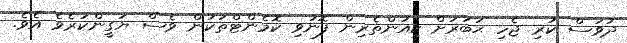
ދުވަސް ކުރި ޖެހި ޙަބަރަށް ކިއުންތެރިން ފޮނުވި ކޮމެންޓްތަކުން ވެސް ޔަގީންކުރެވެ އެވެ.